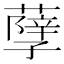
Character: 𦽆